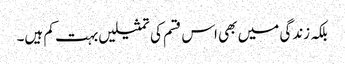
بلکہ زندگی میں بھی اس قسم کی تمثیلیں بہت کم ہیں۔